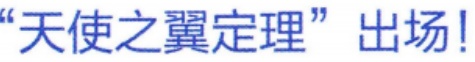
“天使之翼定理”出场!